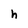
Character: h